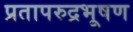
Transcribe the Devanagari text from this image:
प्रतापरुद्रभूषण